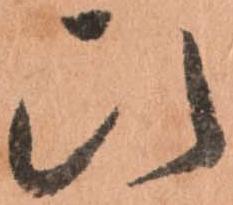
ひ